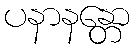
ပနာနန္တော